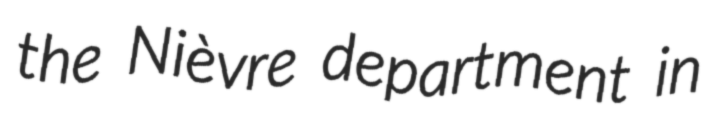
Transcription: the Nièvre department in